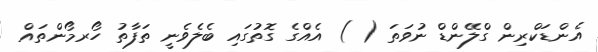
އެންޑަކްރިން ގްލޭންޑް ނުވަތަ ( ) އެއްގެ ގޮތުގައި ބެލެވެނީ ތަފާތު ހޯރމޯންތައް